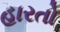
હારતો